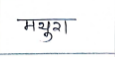
मजकूर: मथुरा